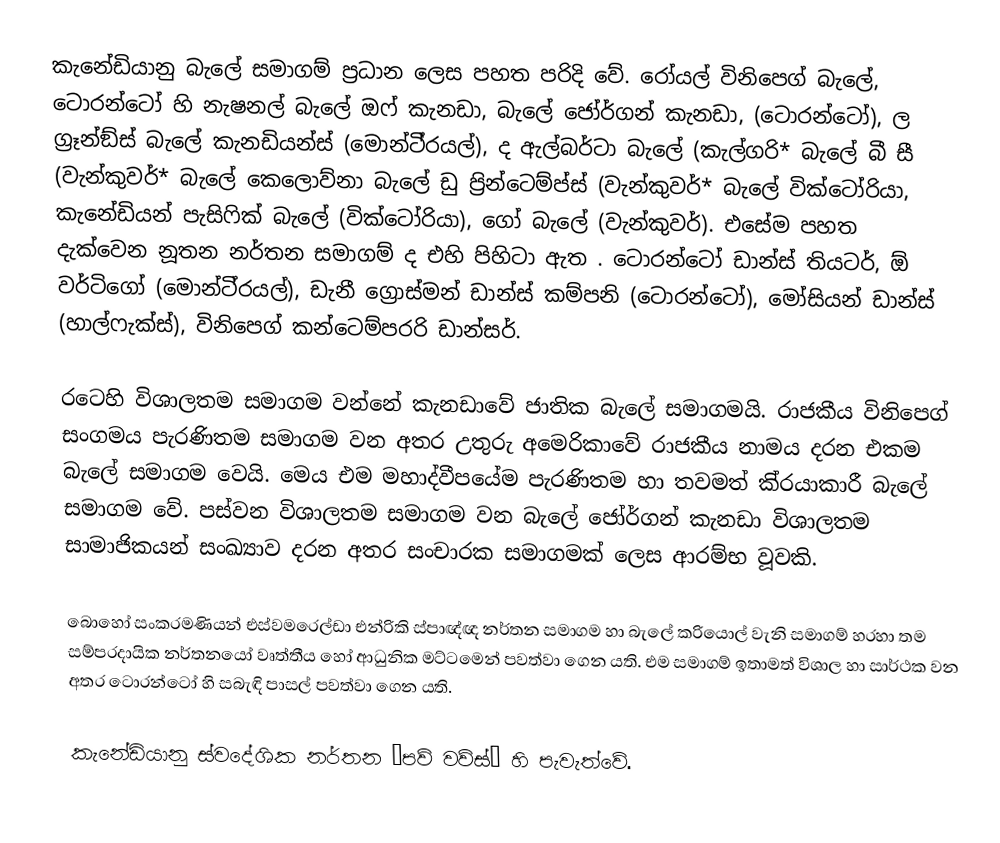
කැනේඩියානු බැලේ සමාගම් ප‍්‍රධාන ලෙස පහත පරිදි වේ. රෝයල් විනිපෙග් බැලේ, ටොරන්ටෝ හි නැෂනල් බැලේ ඔෆ් කැනඩා, බැලේ ජෝර්ගන් කැනඩා, (ටොරන්ටෝ), ල ග‍්‍රෑන්ඞ්ස් බැලේ කැනඩියන්ස් (මොන්ටි‍්‍රයල්), ද ඇල්බර්ටා බැලේ (කැල්ගරි* බැලේ බී සී (වැන්කුවර්* බැලේ කෙලොව්නා බැලේ ඩු ප‍්‍රින්ටෙම්ප්ස් (වැන්කුවර්* බැලේ වික්ටෝරියා, කැනේඩියන් පැසිෆික් බැලේ (වික්ටෝරියා), ගෝ බැලේ (වැන්කුවර්).  එසේම පහත දැක්වෙන නූතන නර්තන සමාගම් ද එහි පිහිටා ඇත . ටොරන්ටෝ ඩාන්ස් තියටර්,  ඕ වර්ටිගෝ (මොන්ටි‍්‍රයල්), ඩැනී ග්‍රොස්මන් ඩාන්ස් කම්පනි (ටොරන්ටෝ), මෝසියන් ඩාන්ස් (හාල්ෆැක්ස්), විනිපෙග් කන්ටෙම්පරරි ඩාන්සර්.

රටෙහි විශාලතම සමාගම වන්නේ කැනඩාවේ ජාතික බැලේ සමාගමයි. රාජකීය විනිපෙග් සංගමය පැරණිතම සමාගම වන අතර උතුරු අමෙරිකාවේ රාජකීය නාමය දරන එකම බැලේ සමාගම වෙයි. මෙය එම මහාද්වීපයේම පැරණිතම හා තවමත් කි‍්‍රයාකාරී බැලේ සමාගම වේ. පස්වන විශාලතම සමාගම වන බැලේ ජෝර්ගන් කැනඩා විශාලතම සාමාජිකයන් සංඛ්‍යාව දරන අතර සංචාරක සමාගමක් ලෙස ආරම්භ වූවකි.

බොහෝ සංක‍්‍රමණියන් එස්වමරෙල්ඩා එන්රිකි ස්පාඥ්ඥ නර්තන සමාගම හා බැලේ ක‍්‍රියොල් වැනි සමාගම් හරහා තම සම්ප‍්‍රදායික නර්තනයෝ වෘත්තීය හෝ ආධුනික මට්ටමෙන් පවත්වා ගෙන යති. එම සමාගම් ඉතාමත් විශාල හා සාර්ථක වන අතර ටොරන්ටෝ හි සබැඳි පාසල් පවත්වා ගෙන යති.

කැනේඩියානු ස්වදේශික නර්තන ‘පව් වව්ස්’ හි පැවැත්වේ.